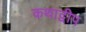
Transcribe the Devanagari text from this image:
कथाद्वीप